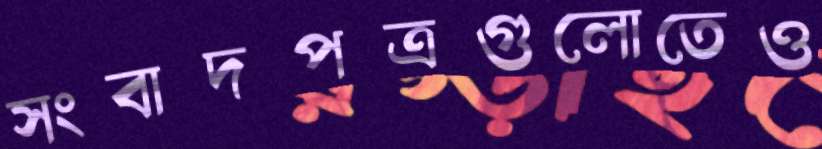
সংবাদপত্রগুলোতেও